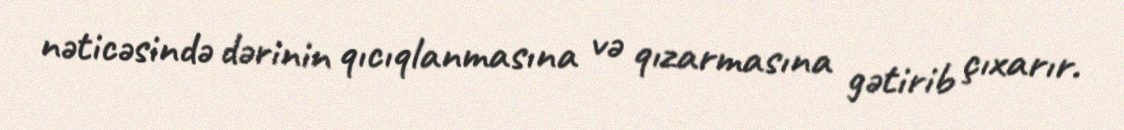
nəticəsində dərinin qıcıqlanmasına və qızarmasına gətirib çıxarır.